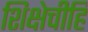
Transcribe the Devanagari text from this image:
शिक्षेचीहि